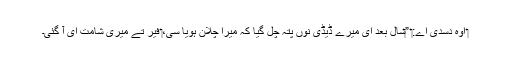
‏ اوہ دسدی اے:‏ ”‏سال بعد ای میرے ڈیڈی نُوں پتہ چل گیا کہ میرا چلا‌ن ہویا سی،‏ فیر تے میری شامت ای آ گئی۔